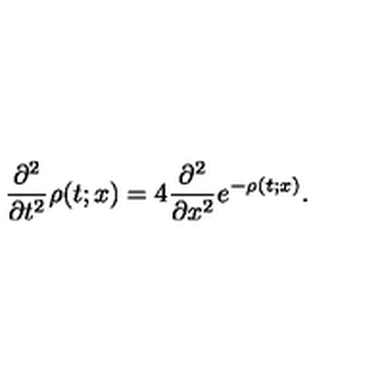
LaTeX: \frac { \partial ^ { 2 } } { \partial t ^ { 2 } } \rho ( t ; x ) = 4 \frac { \partial ^ { 2 } } { \partial x ^ { 2 } } e ^ { - \rho ( t ; x ) } .